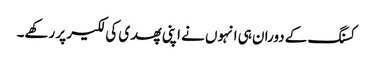
کسنگ کے دوران ہی انہوں نے اپنی پھدی کی لکیر پر رکھے۔